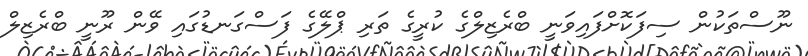
ނޫސްތަކުން ސިފަކޮށްފައިވަނީ ބްރެޒިލްގެ ކުރީގެ ތަރި ޕްލޭގެ ފަސްގަނޑުގައި ވޭން ރޫނީ ބްރެޒިލް